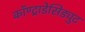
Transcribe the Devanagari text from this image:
कॉण्ट्राडेसिड्युट